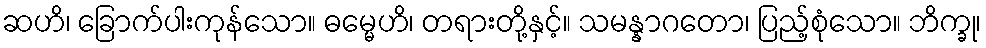
ဆဟိ၊ ခြောက်ပါးကုန်သော။ ဓမ္မေဟိ၊ တရားတို့နှင့်။ သမန္နာဂတော၊ ပြည့်စုံသော။ ဘိက္ခု၊